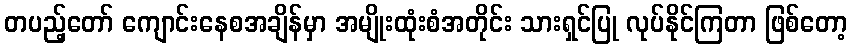
တပည့်တော် ကျောင်းနေစအချိန်မှာ အမျိုးထုံးစံအတိုင်း သားရှင်ပြု လုပ်နိုင်ကြတာ ဖြစ်တော့